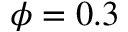
\phi = 0 . 3